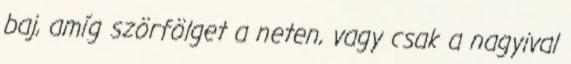
baj, amíg szörfölget a neten, vagy csak a nagyival